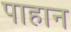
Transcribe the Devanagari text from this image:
पाहान